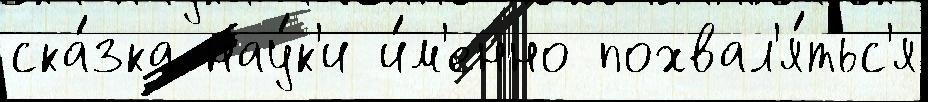
ска́зка нау́к'и и́м'енно похвал'я́тьс'я